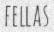
FELLAS